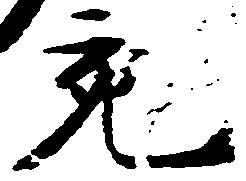
宛